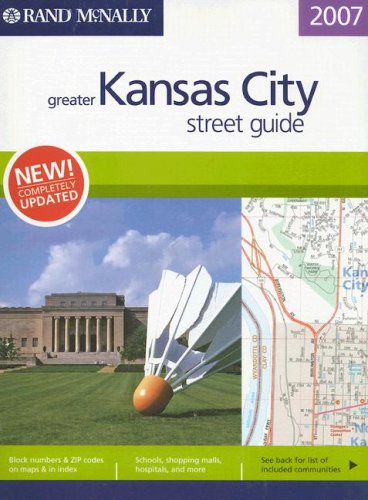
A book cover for Rand McNally 2007 Greater Kansas City Street Guide; Travel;